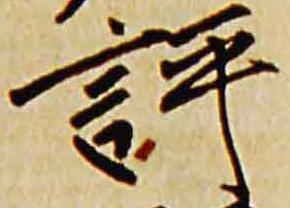
評